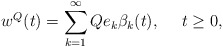
\begin{align*}w^Q(t)=\sum_{k=1}^\infty Q e_k \beta_k(t),\ \ \ \ t\geq 0,\end{align*}